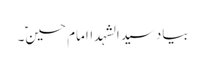
بیادسیدالشہداامام حسینؑ۔